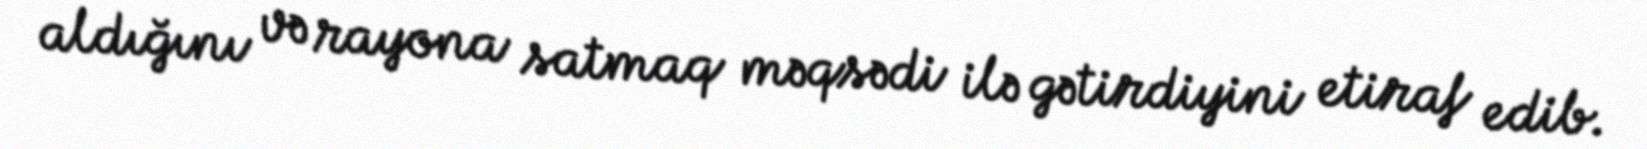
aldığını və rayona satmaq məqsədi ilə gətirdiyini etiraf edib.